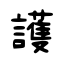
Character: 護